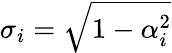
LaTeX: \sigma_{i}=\sqrt{1-\alpha_{i}^{2}}